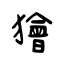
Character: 獪